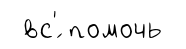
вс'́ помочь